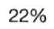
22%